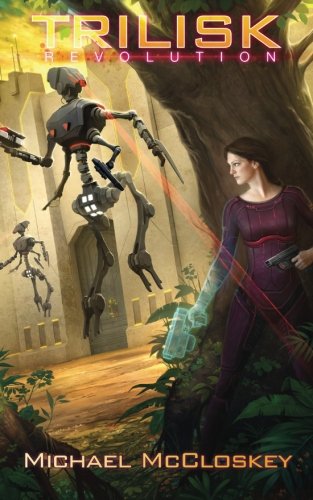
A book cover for The Trilisk Revolution (Parker Interstellar Travels) (Volume 5); Michael McCloskey; Science Fiction & Fantasy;